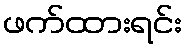
ဖက်ထားရင်း